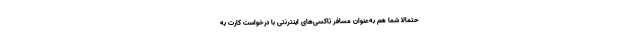
حتمالاً شما هم به‌عنوان مسافر تاکسی‌های اینترنتی با درخواست کارت به